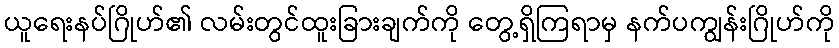
ယူရေးနပ်ဂြိုဟ်၏ လမ်းတွင်ထူးခြားချက်ကို တွေ့ရှိကြရာမှ နက်ပကျွန်းဂြိုဟ်ကို